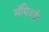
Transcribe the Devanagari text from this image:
सॅमिज़्डॅट